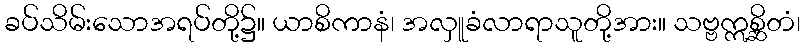
ခပ်သိမ်းသောအရပ်တို့၌။ ယာစိကာနံ၊ အလှူခံလာရာသူတို့အား။ သဗ္ဗဣစ္ဆိတံ၊